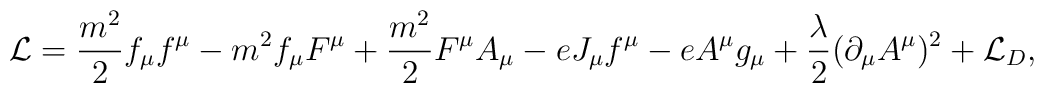
{\cal L}= \frac{m^2}{2} f_\mu f^\mu - m^2 f_\mu F^\mu+ \frac{m^2}{2} F^\mu A_\mu -e J_\mu f^\mu -e A^\mu g_\mu+ \frac {\lambda}{2} (\partial_\mu A^\mu)^2+ {\cal L}_D,